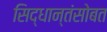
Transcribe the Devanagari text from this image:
सिद्धान्तंसोबत